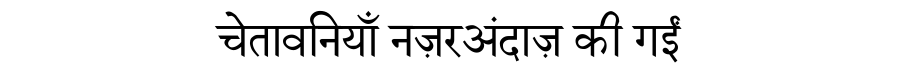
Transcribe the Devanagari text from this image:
चेतावनियाँ नज़रअंदाज़ की गईं